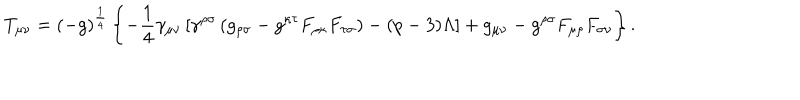
T _ { \mu \nu } = ( - g ) ^ { \frac { 1 } { 4 } } \left\{ - \frac { 1 } { 4 } \gamma _ { \mu \nu } \left[ \gamma ^ { \rho \sigma } \left( g _ { \rho \sigma } - g ^ { \kappa \tau } F _ { \rho \kappa } F _ { \tau \sigma } \right) - ( p - 3 ) \Lambda \right] + g _ { \mu \nu } - g ^ { \rho \sigma } F _ { \mu \rho } F _ { \sigma \nu } \right\} .